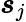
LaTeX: \boldsymbol{s}_{j}